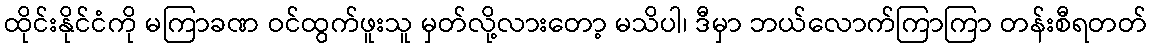
ထိုင်းနိုင်ငံကို မကြာခဏ ဝင်ထွက်ဖူးသူ မှတ်လို့လားတော့ မသိပါ၊ ဒီမှာ ဘယ်လောက်ကြာကြာ တန်းစီရတတ်